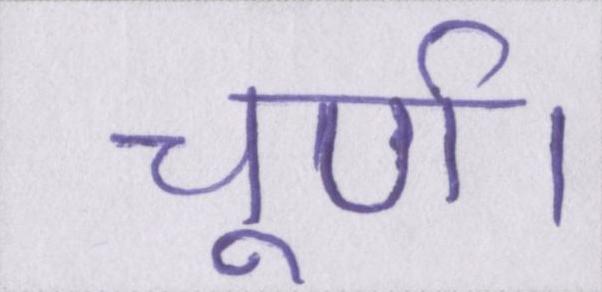
चूर्ण।